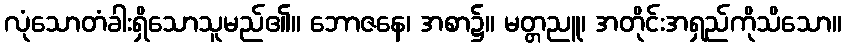
လုံသောတံခါးရှိသောသူမည်၏။ ဘောဇနေ၊ အစာ၌။ မတ္တညူ၊ အတိုင်းအရှည်ကိုသိသော။